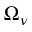
\Omega _ { \nu }